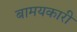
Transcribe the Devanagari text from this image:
बामयकारी